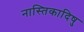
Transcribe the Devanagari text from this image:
नास्तिकादिषु